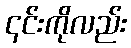
၎င်းကိုလည်း